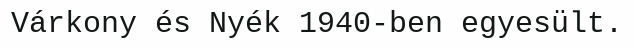
Várkony és Nyék 1940-ben egyesült.